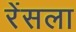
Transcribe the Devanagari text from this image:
रेंसला